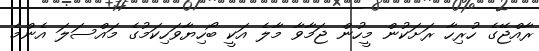
ރާއްޖޭގެ ހުރިހާ ރަށަކުން މީހުން ޖަމާވާ މާލެ އަކީ ބޯހިޔާވަހިކަމުގެ މައްސަލަ އެންމެ